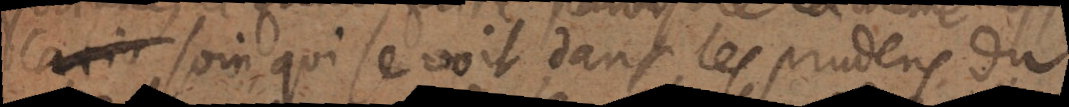
cation soin qui se voit dans les prudens du